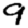
Digit: 9